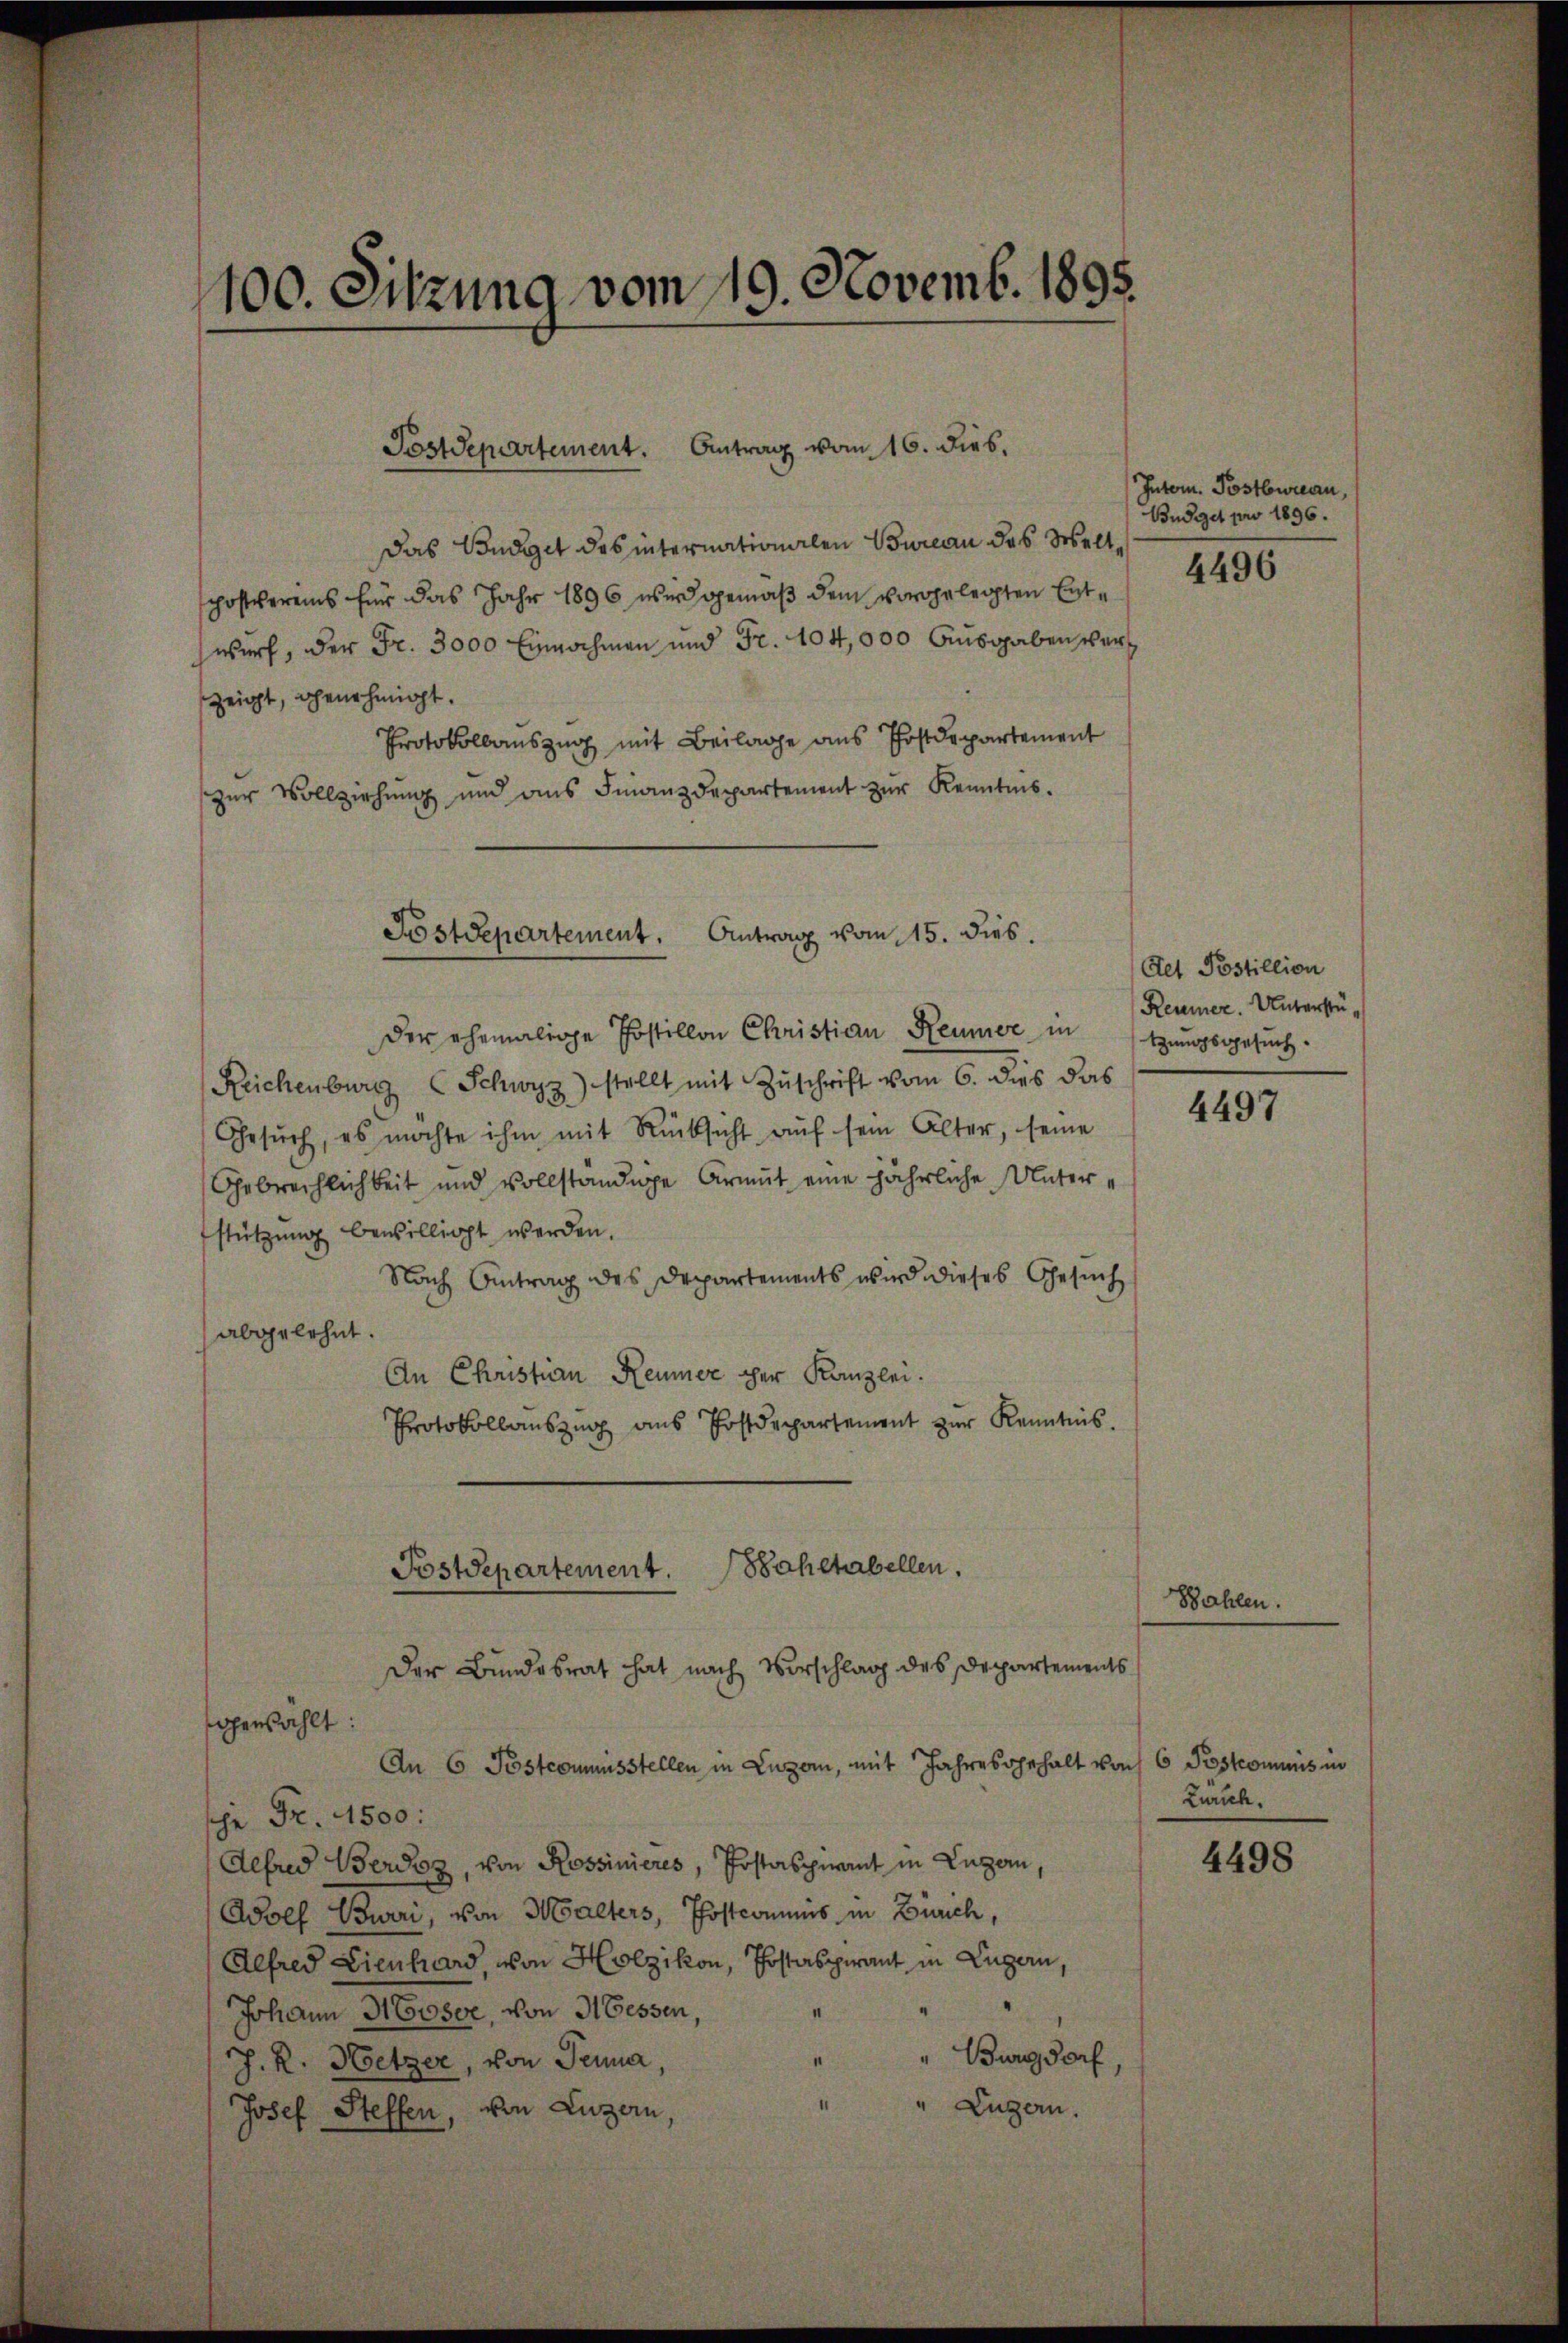
100. Sitzung vom 19. Novemb. 1895.

Postdepartement. Sahltabellen.
Der Bundesrat hat nach Verschlag des Departements

Postdepartement. Antrag vom 16. dies.

Das Budget des internationalen Bureau des Weltphostvereins für das Jahr 1896 wird gemäß dem vorgelegten Entwurf, der Fr. 3000 Einochmann und Fr. 104, 000 ausgaben verzeigt, genehmigt.
Protokollauszug mit Beilage aus Postdepartement
zŭr Vollziehŭng und ans Finanzdepartement zŭr Kenntnis.
Postdepartement. Antrag vom 15. dies.

der ehemalige Postillon Christian Reumer in
Reichenburg (Schwyz) stellt mit Zŭschrift vom 6. dies das
Gesŭch, es möchte ihm mit Rücksicht auf sein Alter, seine
Gebrechlichkeit und vollständige Armut eine jährliche Unterstützŭng bewilligt werden.
Nach Antrag des Departements wird dieses Gesuch
abgelehnt.
An Christian Reumer der Kanzlei.
Protokollauszug aus Postdepartement zur Kenntnis.

perzählt:
An 6 Postcommisstellen in Luzern, mit Jahres gehalt von 6 Postcommis in
sche Fr. 1500:
Alfred Berdiz, von Rossinieres, Postaspnamt in Luzern,
Wolf Bowiri, von Malters, Postcommis in Zürich,
Alfred Lienhard, von Holzikon, Postaspirant in Lugern,
Johann Moser, von Messen,
"Burgdorf
h. R. Hetzer, von Jena,
" Luzern.
1
Josef Steffen, von Luzern,

Inter. Postbureau,
Budget pro 1896.

4496

Aet Postillion
Reumer. Unterstützungsgesuch.

4497

Bahlen.

Zürich.

4498